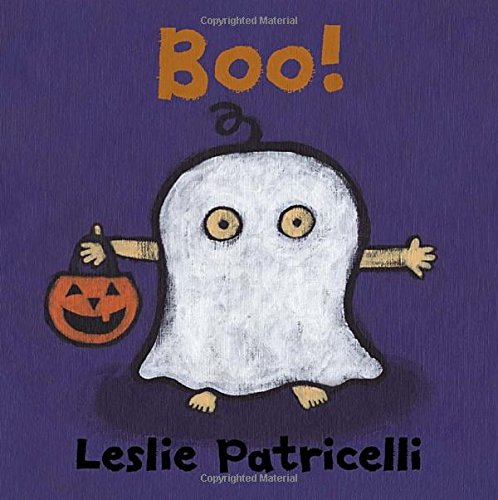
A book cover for Boo! (Leslie Patricelli board books); Leslie Patricelli; Children's Books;